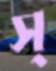
স্